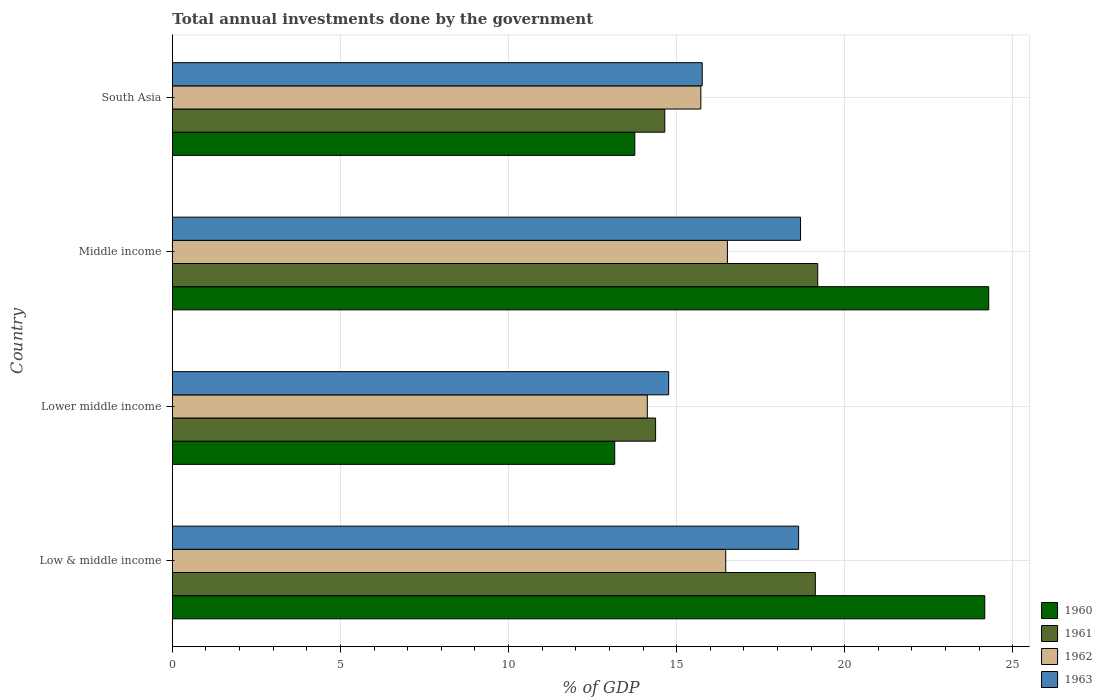
| Country | 1960 | 1961 | 1962 | 1963 |
 | --- | --- | --- | --- | --- |
 | Low & middle income | 24.2 | 19.1 | 16.5 | 18.6 |
 | Lower middle income | 13.2 | 14.4 | 14.1 | 14.8 |
 | Middle income | 24.3 | 19.2 | 16.5 | 18.7 |
 | South Asia | 13.8 | 14.6 | 15.7 | 15.8 |